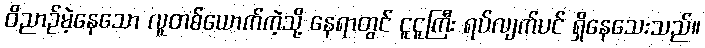
ဝိညာဉ်မဲ့နေသော လူတစ်ယောက်ကဲ့သို့ နေရာတွင် ငူငူကြီး ရပ်လျက်ပင် ရှိနေသေးသည်။